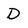
Character: D